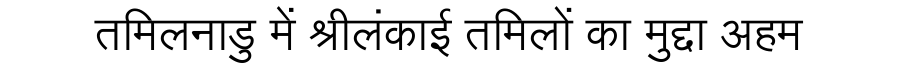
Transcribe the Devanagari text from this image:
तमिलनाडु में श्रीलंकाई तमिलों का मुद्दा अहम